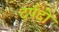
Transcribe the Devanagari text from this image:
दर्पदो